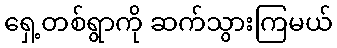
ရှေ့တစ်ရွာကို ဆက်သွားကြမယ်